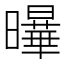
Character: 𭨋